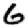
Digit: 6